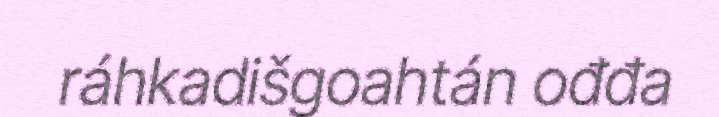
ráhkadišgoahtán ođđa